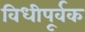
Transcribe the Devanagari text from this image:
विधीपूर्वक